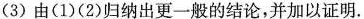
(3)由(1)(2)归纳出更一般的结论，并加以证明。